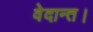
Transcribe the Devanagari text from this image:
वेदान्त।